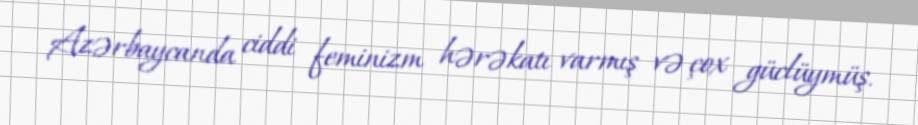
Azərbaycanda ciddi feminizm hərəkatı varmış və çox güclüymüş.